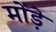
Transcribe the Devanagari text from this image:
मोंड़े